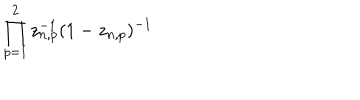
\prod _ { p = 1 } ^ { 2 } z _ { n , p } ^ { - 1 } ( 1 - z _ { n , p } ) ^ { - 1 }